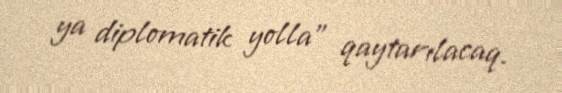
ya diplomatik yolla” qaytarılacaq.